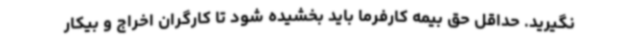
نگیرید. حداقل حق بیمه کارفرما باید بخشیده شود تا کارگران اخراج و بیکار